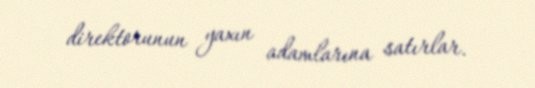
direktorunun yaxın adamlarına satırlar.